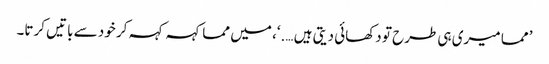
’ مما میری ہی طرح تو دکھائی دیتی ہیں ….‘، میں مما کہہ کہہ کر خود سے باتیں کرتا۔